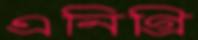
এনিগ্রি